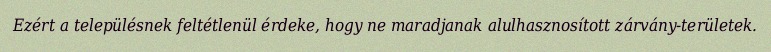
Ezért a településnek feltétlenül érdeke, hogy ne maradjanak alulhasznosított zárvány-területek.